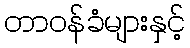
တာဝန်ခံများနှင့်